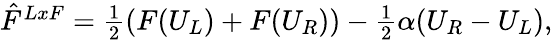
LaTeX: \begin{array}{r}{\hat{F}^{LxF}=\frac 12(F(U_{L})+F(U_{R}))-\frac 12\alpha(U_{R}-U_{L}),}\end{array}